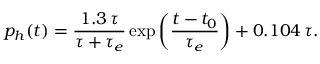
p _ { h } ( t ) = \frac { 1 . 3 \, \tau } { \tau + \tau _ { e } } \exp \left( \frac { t - t _ { 0 } } { \tau _ { e } } \right) + 0 . 1 0 4 \, \tau .